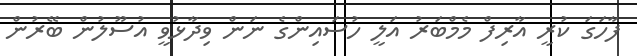
ފާހަގަ ކުރީ އާރިފް މެމްބަރު އަލީ ހުސައިންގެ ނަން ވިދާޅުވީ އުސޫލުން ބޭރުން